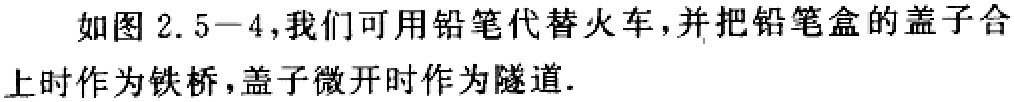
如图 2.5−4，我们可用铅笔代替火车，并把铅笔盒的盖子合上时作为铁桥，盖子微开时作为隧道.